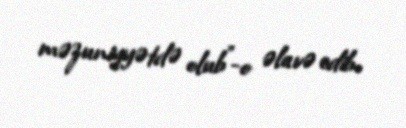
məzuniyyətdə olub”-o əlavə edib.